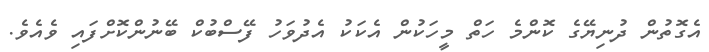
އެގޮތުން ދުނިޔޭގެ ކޮންމެ ހަތް މީހަކުން އެކަކު އެދުވަހު ފޭސްބުކް ބޭނުންކޮށްފައި ވެއެވެ.